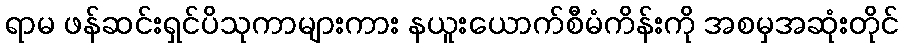
ရာမ ဖန်ဆင်းရှင်ပိသုကာများကား နယူးယောက်စီမံကိန်းကို အစမှအဆုံးတိုင်